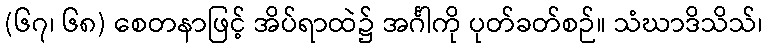
(၆၇၊ ၆၈) စေတနာဖြင့် အိပ်ရာထဲ၌ အင်္ဂါကို ပုတ်ခတ်စဉ်။ သံဃာဒိသိသ်၊